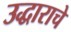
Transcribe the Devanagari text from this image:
उद्धाराचे